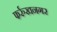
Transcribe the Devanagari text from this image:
फर्रुखनगर